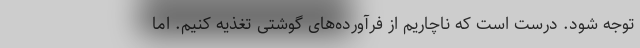
توجه شود. درست است که ناچاریم از فرآورده‌های گوشتی تغذیه کنیم. اما